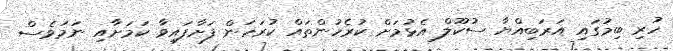
ހުރި ބިމުގައި އަރަބިއްޔާ ސުކޫލް އެޅުމަށް ކުރެހުންތައް ކުރަހަން ފަށާފައިވާ ކަމަށާއި ނަމަވެސް